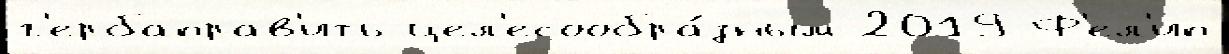
г'ербаправ'ить цел'есообра́зным 2019 Ф'ел'ип